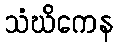
သံဃိကေန